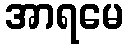
အာရမေ